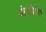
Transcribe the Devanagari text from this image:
ब्लेगोयेविच